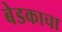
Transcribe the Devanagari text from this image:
बेडकाचा